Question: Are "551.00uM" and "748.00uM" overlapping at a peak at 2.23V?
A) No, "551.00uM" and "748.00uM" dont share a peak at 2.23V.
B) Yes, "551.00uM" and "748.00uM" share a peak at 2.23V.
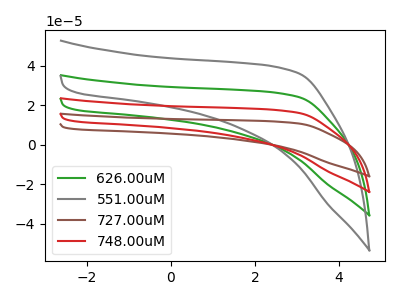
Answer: <think>The green curve "626.00uM" has no peaks. The gray curve "551.00uM" has no peaks. The brown curve "727.00uM" has no peaks. The red curve "748.00uM" has no peaks.</think>
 <answer>A) No, "551.00uM" and "748.00uM" dont share a peak at 2.23V.</answer>
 <eval>A</eval>